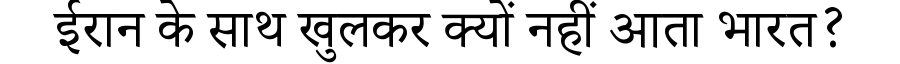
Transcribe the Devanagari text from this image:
ईरान के साथ खुलकर क्यों नहीं आता भारत?